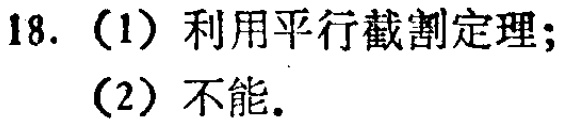
18. （1）利用平行截割定理；
（2）不能。